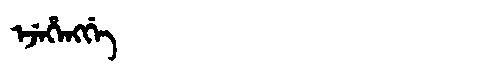
Manchu: ᡝᠵᡝᡥᡝᠩᡤᡝ
Romanization: EJEHENGGE